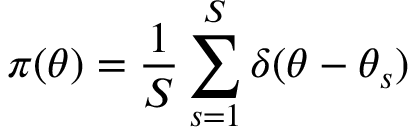
\pi ( \theta ) = \frac { 1 } { S } \sum _ { s = 1 } ^ { S } \delta ( \theta - \theta _ { s } )